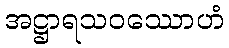
အဋ္ဌာရသဝဿောဟံ